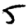
Digit: 5